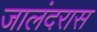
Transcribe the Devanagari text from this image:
जालंदरास